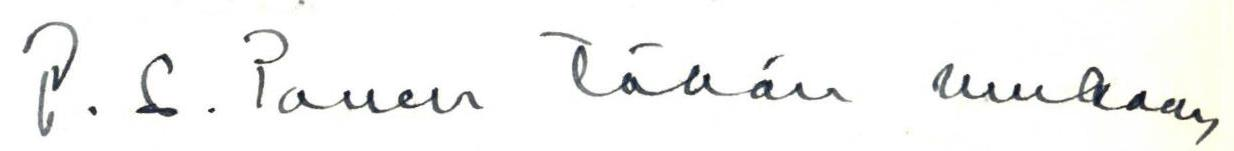
P.S. Panen tähän mukaan